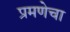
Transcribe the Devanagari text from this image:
प्रमणेचा